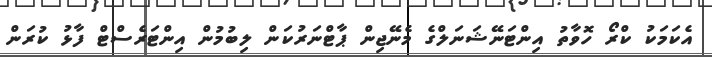
އެކަމަކު ކްރޯ ހޮވާތު އިންޓަނޭޝަނަލްގެ މެނޭޖިން ޕާޓްނަރުކަން ލިބުމުން އިންޓަރެސްޓް ފާޅު ކުރަން